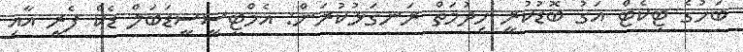
ބަހުގެ ޓިކެޓް އަގު ބޮޑުކުރީ ހިދުމަތް ރަނގަޅުކުރަން: އެމްޓީސީސީޑަބަލް ޑެކް ފެރީ އާއި